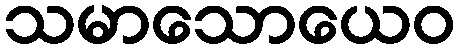
သမာသောယေဝ